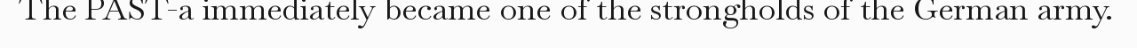
The PAST-a immediately became one of the strongholds of the German army.